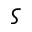
\varsigma